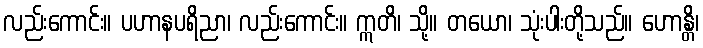
လည်းကောင်း။ ပဟာနပရိညာ၊ လည်းကောင်း။ ဣတိ၊ သို့။ တယော၊ သုံးပါးတို့သည်။ ဟောန္တိ၊